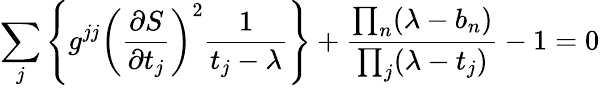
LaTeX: \sum_{j}\left\{ g^{jj}\left({\frac{\partial S}{\partial t_{j}}}\right)^{2}{\frac{1}{t_{j}-\lambda}}\right\} +{\frac{\prod_{n}(\lambda-b_{n})}{\prod_{j}(\lambda-t_{j})}}-1=0